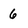
Character: 6